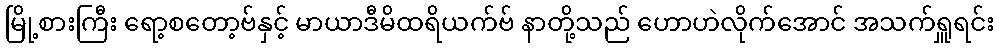
မြို့စားကြီး ရော့စတော့ဗ်နှင့် မာယာဒီမိထရိယက်ဗ် နာတို့သည် ဟောဟဲလိုက်အောင် အသက်ရှူရင်း